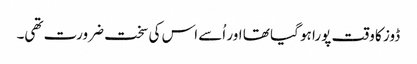
ڈوز کا وقت پورا ہو گیا تھا اور اُسے اس کی سخت ضرورت تھی۔